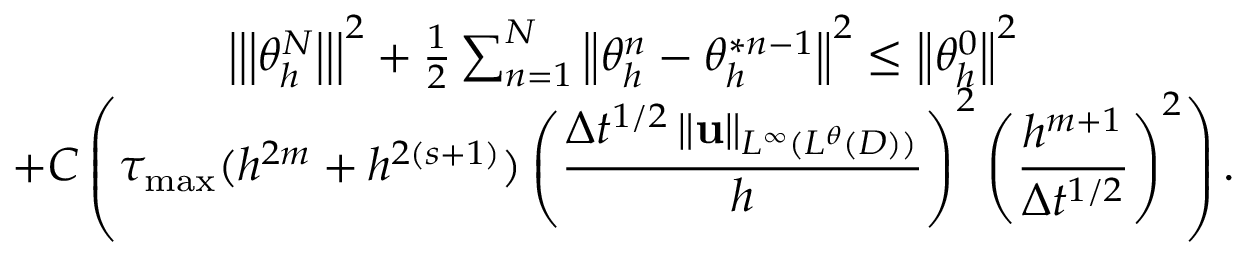
\begin{array} { c } { \left\vert \left\vert \left\vert \theta _ { h } ^ { N } \right\vert \right\vert \right\vert ^ { 2 } + \frac { 1 } { 2 } \sum _ { n = 1 } ^ { N } \left\Vert \theta _ { h } ^ { n } - \theta _ { h } ^ { \ast n - 1 } \right\Vert ^ { 2 } \leq \left\Vert \theta _ { h } ^ { 0 } \right\Vert ^ { 2 } } \\ { + C \left( \tau _ { \operatorname* { m a x } } ( h ^ { 2 m } + h ^ { 2 \left( s + 1 \right) } ) \displaystyle \left( \frac { \Delta t ^ { 1 / 2 } \left\Vert \mathbf { u } \right\Vert _ { L ^ { \infty } ( L ^ { \theta } ( D ) ) } } { h } \right) ^ { 2 } \left( \frac { h ^ { m + 1 } } { \Delta t ^ { 1 / 2 } } \right) ^ { 2 } \right) . } \end{array}